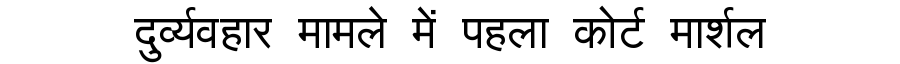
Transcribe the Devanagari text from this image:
दुर्व्यवहार मामले में पहला कोर्ट मार्शल